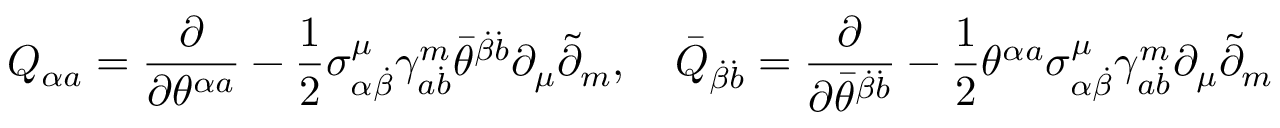
Q _ { \alpha a } = \frac \partial { \partial \theta ^ { \alpha a } } - \frac 1 2 \sigma _ { \alpha \dot { \beta } } ^ { \mu } \gamma _ { a \dot { b } } ^ { m } \bar { \theta } ^ { \dot { \beta } \dot { b } } \partial _ { \mu } \tilde { \partial } _ { m } , \quad \bar { Q } _ { \dot { \beta } \dot { b } } = \frac \partial { \partial \bar { \theta } ^ { \dot { \beta } \dot { b } } } - \frac 1 2 \theta ^ { \alpha a } \sigma _ { \alpha \dot { \beta } } ^ { \mu } \gamma _ { a \dot { b } } ^ { m } \partial _ { \mu } \tilde { \partial } _ { m }